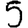
Digit: 5